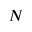
N